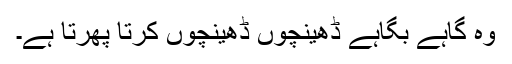
وہ گاہے بگاہے ڈھینچوں ڈھینچوں کرتا پھرتا ہے۔